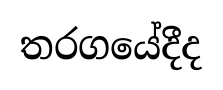
තරගයේදීද